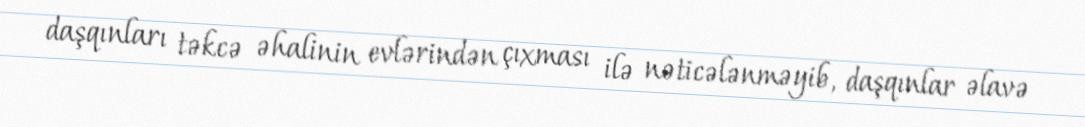
daşqınları təkcə əhalinin evlərindən çıxması ilə nəticələnməyib, daşqınlar əlavə